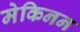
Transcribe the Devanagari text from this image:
मेकिनन